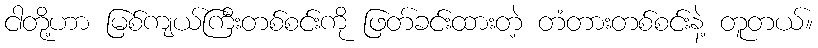
ငါတို့ဟာ မြစ်ကျယ်ကြီးတစ်စင်းကို ဖြတ်ခင်းထားတဲ့ တံတားတစ်စင်းနဲ့ တူတယ်။